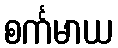
စင်္ကမာယ